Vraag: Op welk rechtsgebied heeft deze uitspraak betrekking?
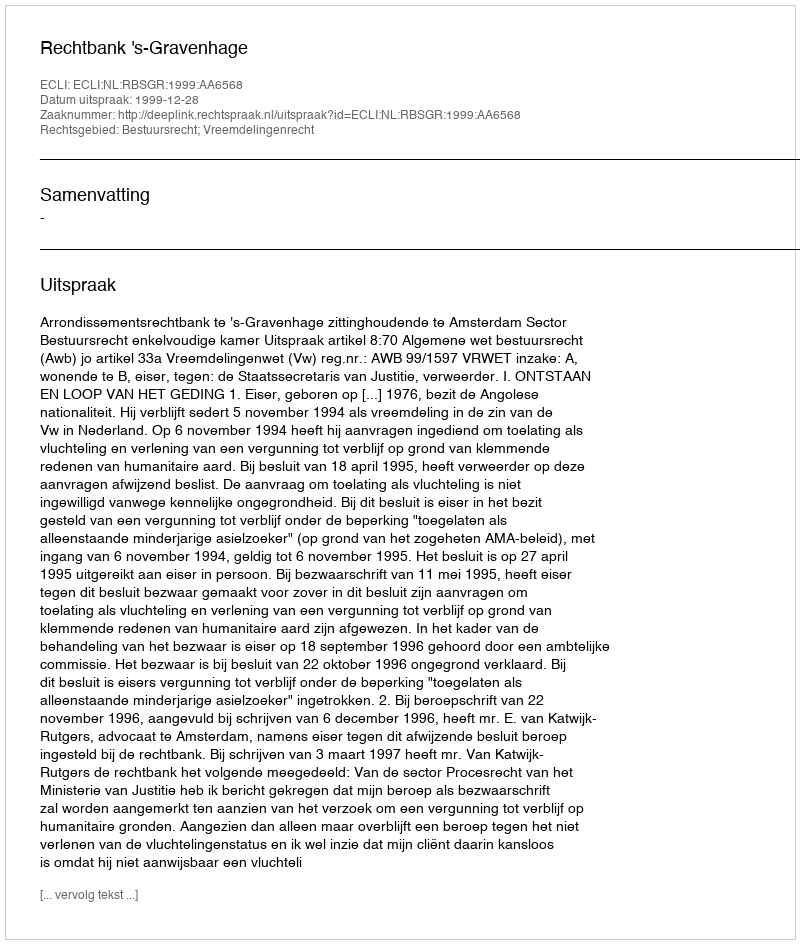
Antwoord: Bestuursrecht; Vreemdelingenrecht